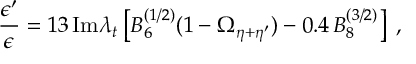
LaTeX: \frac { \epsilon ^ { \prime } } { \epsilon } = 1 3 \, \mathrm { I m } \lambda _ { t } \left[ B _ { 6 } ^ { ( 1 / 2 ) } ( 1 - \Omega _ { \eta + \eta ^ { \prime } } ) - 0 . 4 \, B _ { 8 } ^ { ( 3 / 2 ) } \right] \; ,